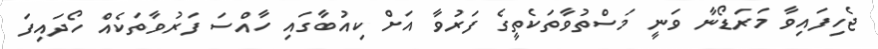
ޖެހިފައިވާ މަރަޑޯނާ ވަނީ މަސްތުވާތަކެތީގެ ފަރުވާ އަށް ކިއުބާގައި ހާއްސަ ފަރުވާތަކެއް ހޯދައިފަ